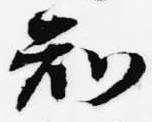
知